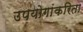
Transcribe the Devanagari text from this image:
उपयोगांकरिता